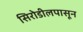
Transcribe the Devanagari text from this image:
सिरोडीलपासून